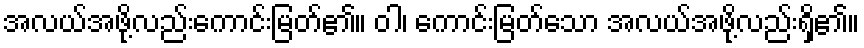
အလယ်အဖို့လည်းကောင်းမြတ်၏။ ဝါ၊ ကောင်းမြတ်သော အလယ်အဖို့လည်းရှိ၏။